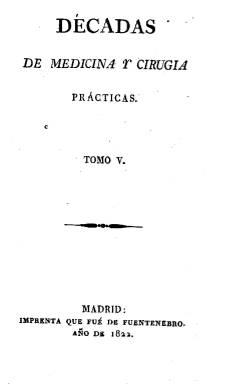
Título: Décadas de medicina y cirugía prácticas
Colección: Medicina
Ámbito geográfico: Madrid
Lugar de publicación: Madrid
Fechas: 01/01/1822-31/12/1828

Nuevo título que adopta, a partir del diez de enero de 1822, el periódico que había empezado a publicar exactamente un año antes Manuel Hurtado de Mendoza (1873-1849), al querer darle una mayor atención a los contenidos clínicos y terapéuticos en sus páginas y dejar aparte los referidos a farmacia, que había introducido a partir de abril de 1821, para lo que había también modificado el título original.

Las entregas seguirán apareciendo, estampadas en la Imprenta “que fue” de Fuentenebro,  los días 10, 20 y 30 de cada mes, en torno al medio centenar de páginas cada una, con foliación continuada en cada trimestre o tomo, incluyendo al final del fascículo último de cada uno de estos el correspondiente índice de materias.

En 1822 se publican los tomos  cinco, sexto, séptimo y octavo. A partir de 1823 comienza una nueva serie, perteneciendo a este año los tomos nueve y diez completos. Al final de la última entrega del tomo diez (30 de junio de 1823) el editor señala que suspende el envío de ejemplares fuera de Madrid, así como que dejará de aparecer con la periodicidad acostumbrada, hasta que no fueran reestablecidas las comunicaciones y el correo en la península.

A 1823 pertenecen también las primeras siete entregas del tomo once, pero debido a los acontecimientos políticos de finales de 1823, que darán fin al Trienio Liberal (1820-1823) e iniciarán la Década Ominosa (1823-1833), los fascículos ocho y nueve de ese tomo, con el formato duplicado (pasa de 8º a 4º) y menor número de páginas, estarán fechados en 1824.

Como consecuencia de la restricción a la libertad de imprenta y la censura impuesta por la restauración absolutista fernandina, el periódico estuvo sujeto a un largo proceso por parte de una constituida Junta Superior Gubernativa de Medicina –presidida, precisamente, por un antibrusista-, que logrará la suspensión no sólo del periódico de Hurtado de Mendoza, un afrancesado exiliado que había regresado en 1818 a España, sino que le prohibirá incluso la publicación de cualquier obra.

Reaparecerá, continuando la serie, el diez de enero de 1827 y seguirá publicándose, cada diez días, hasta su desaparición definitiva con su último fascículo del 30 de diciembre de 1828, pero ahora estampado en la imprenta madrileña de Fermín Villalpando, excepto el último tomo, que lo fue en la de Ortega y Compañía.

A este segundo periodo corresponden los tomos que van del decimosegundo al vigésimo, y a partir del primero de estos ya aparece indicado en su portada el nombre de Manuel Hurtado de Mendoza, como redactor principal, en la que se señala que es doctor en las dos facultades de Medicina y de Cirugía, además de miembro de corporaciones médicas españolas y extranjeras.

También en esta segunda época aumenta el número de colaboradores de un periódico desde donde se transfirieron a España los conocimientos desarrollados en Europa en aquélla época, promoviendo principalmente las teorías de la medicina fisiológica de François Broussais (1872-1838).

Véase en esta misma colección los títulos Décadas médico-quirúrgicas y Décadas médico-quirúrgicas y farmacéuticas, que había adoptado previamente este periódico, en donde aparecen también sus correspondientes descripciones y aparato bibliográfico.